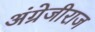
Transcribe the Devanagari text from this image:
अंग्रेजीराज